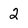
Character: 2